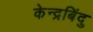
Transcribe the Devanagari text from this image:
केन्द्रबिंदु